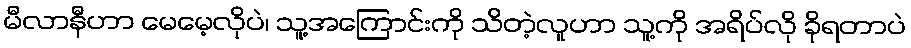
မီလာနီဟာ မေမေ့လိုပဲ၊ သူ့အကြောင်းကို သိတဲ့လူဟာ သူ့ကို အရိပ်လို ခိုရတာပဲ